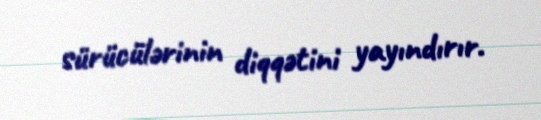
sürücülərinin diqqətini yayındırır.